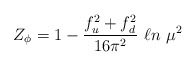
\begin{align*}Z_\phi =1-{f^2_u+f^2_d\over 16\pi^2}\ \ell n\ \mu^2\end{align*}